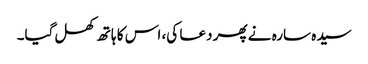
سیدہ سارہ نے پھر دعا کی، اس کا ہاتھ کھل گیا۔